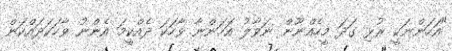
"އަހަންނަކީ ރުޅި ގަދަ މީހެއްނޫން ނަވާލު އަހަންނާ ވާހަކަ ދެއްކީމަ އެންނު ވާހަކަދައްކަން